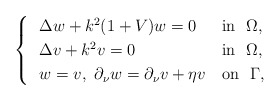
\begin{align*} \begin{cases} \ \ \Delta w+k^{2}(1+V)w=0 &\mbox {$\mathrm {in}\ \ \Omega$},\\ \ \ \Delta v+k^{2}v=0 &\mbox {$\mathrm {in}\ \ \Omega$},\\ \ \ w=v,\ \partial_{\nu}w=\partial_{\nu}v+\eta v &\mbox{$\mathrm {on}\ \ \Gamma$}, \end{cases} \end{align*}